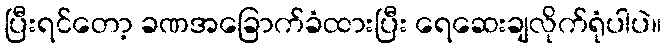
ပြီးရင်တော့ ခဏအခြောက်ခံထားပြီး ရေဆေးချလိုက်ရုံပါပဲ။